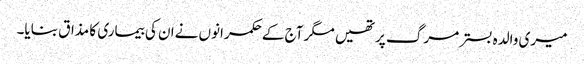
میری والدہ بسترمرگ پرتھیں مگر آج کےحکمرانوں نےان کی بیماری کا مذاق بنایا۔